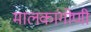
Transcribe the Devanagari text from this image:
मालकांगोणी